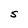
Character: S